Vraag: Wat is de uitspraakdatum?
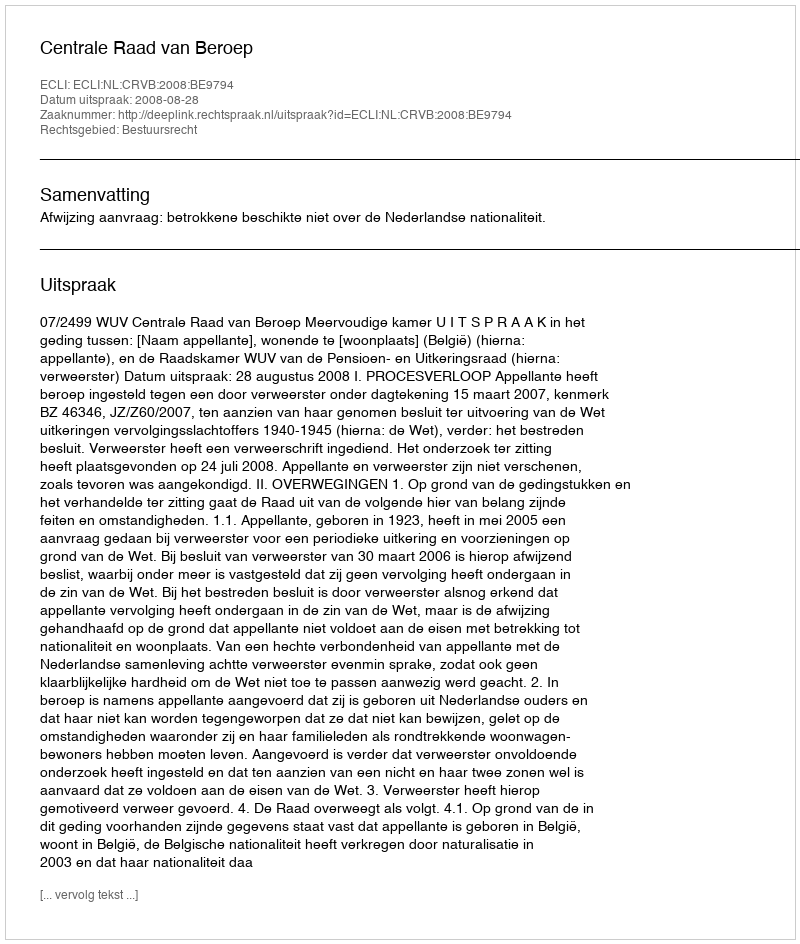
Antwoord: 2008-08-28